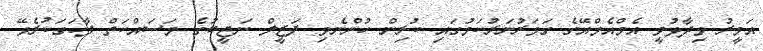
އަމީރު ވިދާޅުވީ އެމްއެމްއޭގެ ގަވަރުނަރުކަމުގައި ކުރިން ހުންނެވި ފަޒީލް ނަޖީބުގެ މަސައްކަތް ފާހަގަކުރެވޭ